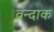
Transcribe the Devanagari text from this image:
वन्दाक